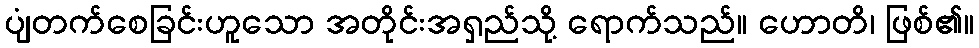
ပျံတက်စေခြင်းဟူသော အတိုင်းအရှည်သို့ ရောက်သည်။ ဟောတိ၊ ဖြစ်၏။